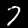
Digit: 7